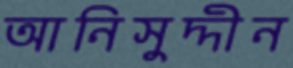
আনিসুদ্দীন